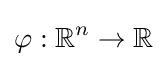
\varphi :\mathbb {R} ^{n}\to \mathbb {R}